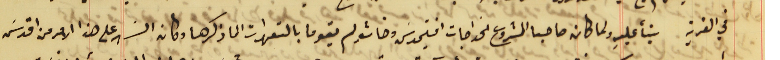
في القرية بنأ عليهِ ولما كان صاحبا المشروع الخواجات افتيموسَ وخاشو لم يقوما بالتعهدات الما ذكرها وكان السَهر على هذا الامر من اقدسَ